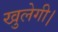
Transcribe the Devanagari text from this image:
खुलेगी।